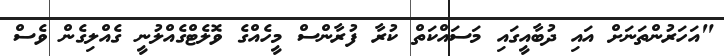
"އަހަރުންތަނަށް އައި ދުބާއީގައި މަސައްކަތް ކުރާ ފުރާންސް މީހެއްގެ ވޮލެޓްގެއްލުނީ ގެއްލިގެން ވެސް